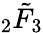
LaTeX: {}_{2}\tilde{F}_{3}